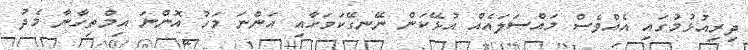
ދިރިއުޅުމުގައި އެއްވެސް މައްސަލައެއް އުޅޭކަން ނޭނގޭކަމަށާއި އަންނަ މަހު އޮންނަ އިމްތިހާނާ މެދު